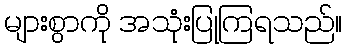
များစွာကို အသုံးပြုကြရသည်။